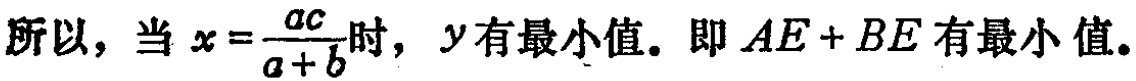
所以，当 \(x = \frac{ac}{a + b}\) 时，\(y\) 有最小值。即 \(AE + BE\) 有最小值。